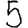
Digit: 5